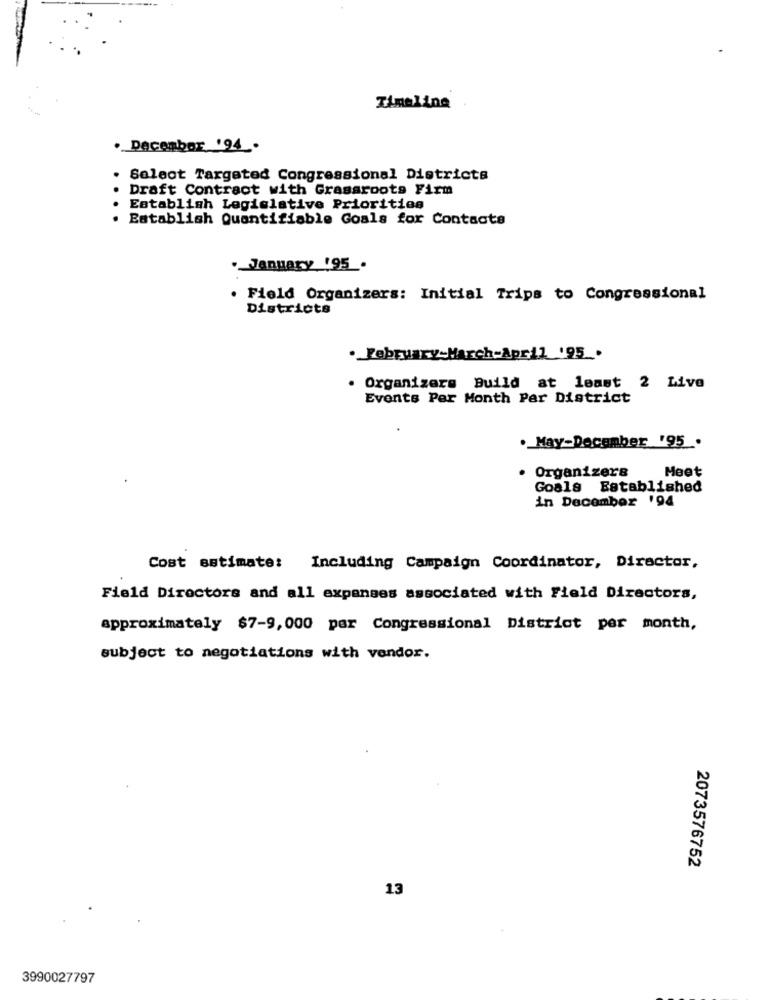
Timeline
. December '94.
Select Targeted Congressional Districts
Draft Contract with Grassroots Firm
Establish Legislative Priorities
. Establish Quantifiable Goals for Contacts
._ January '95 .
. Field Organizers: Initial Trips to Congressional
Districts
· February-March-April '95 .
. Organizers Build at least 2 Live
Events Per Month Par District
. May-December '95.
Organizers
Meet
Goals Established
in December 194
Cost estimate: Including Campaign Coordinator, Director,
Field Directors and all expanses associated with Field Directors,
approximately $7-9,000 per Congressional District per month,
subject to negotiations with vendor.
2073576752
13
3990027797